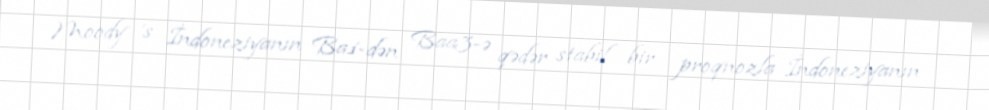
Moody 's İndoneziyanın Ba1-dən Baa3-ə qədər stabil bir proqnozla İndoneziyanın